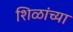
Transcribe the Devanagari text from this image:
शिळांच्या